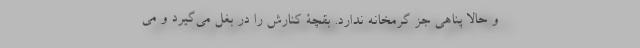
و حالا پناهی جز گرمخانه‌ ندارد. بقچۀ کنارش را در بغل می‌گیرد و می